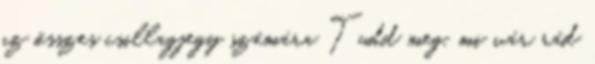
az összes csillagjegy számára Tudd meg, mi vár rád